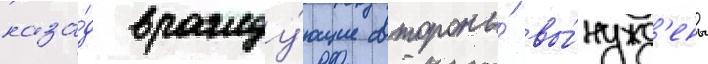
наза́д вражду́ющие стороны́ вы́нужд'ены